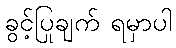
ခွင့်ပြုချက် ရမှာပါ